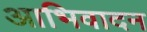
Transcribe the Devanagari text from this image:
आभिवादन